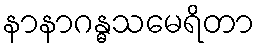
နာနာဂန္ဓသမေရိတာ